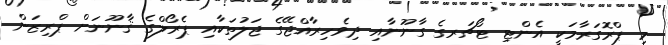
މި ޕްރޮގަރާމަކީ އެންޓި ޓޯޗަރގެ ގާނޫނާއި ދިވެހިރާއްޖޭގެ ޖަލުތަކާއި ޕެރޯލްގެ ޤާނޫނަށް ޕްރިޒަން